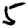
Digit: 5